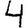
Digit: 4